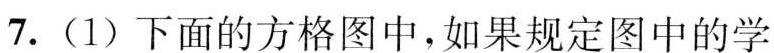
7.(1)下面的方格图中，如果规定图中的学